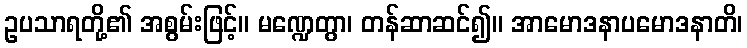
ဥပသာရတို့၏ အစွမ်းဖြင့်။ မဏ္ဍေတွာ၊ တန်ဆာဆင်၍။ အာမောဒနာပမောဒနာတိ၊